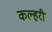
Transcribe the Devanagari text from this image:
कल्हरी